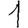
Digit: 1